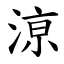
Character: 鿌